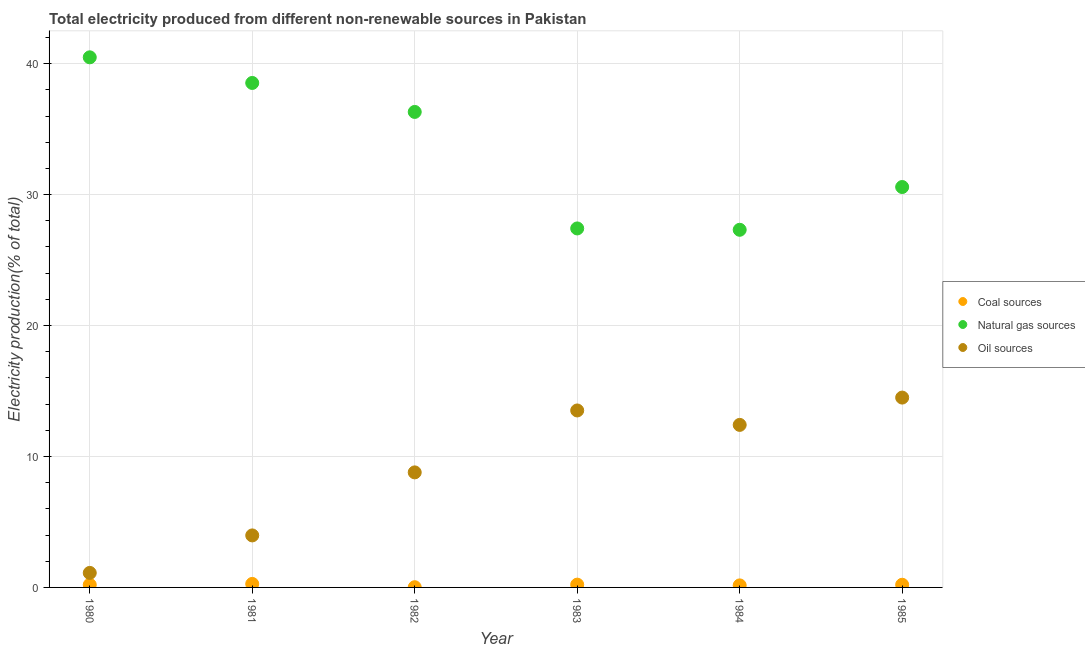
| Year | Coal sources | Natural gas sources | Oil sources |
 | --- | --- | --- | --- |
 | 1980 | 0.2 | 40.5 | 1.11 |
 | 1981 | 0.268 | 38.5 | 3.97 |
 | 1982 | 0.017 | 36.3 | 8.79 |
 | 1983 | 0.213 | 27.4 | 13.5 |
 | 1984 | 0.155 | 27.3 | 12.4 |
 | 1985 | 0.204 | 30.6 | 14.5 |